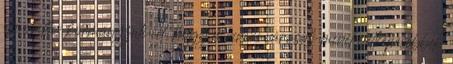
elmondta: kormányzati cél, hogy a vidéki városok minél életképesebbek